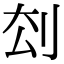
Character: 𠛗